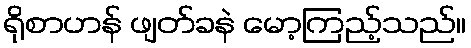
ရိုစာဟန် ဖျတ်ခနဲ မော့ကြည့်သည်။